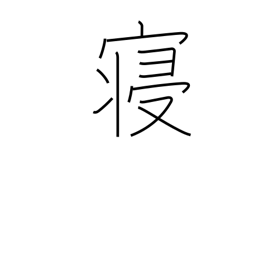
Meaning: lie down